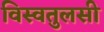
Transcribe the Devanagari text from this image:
विस्वतुलसी